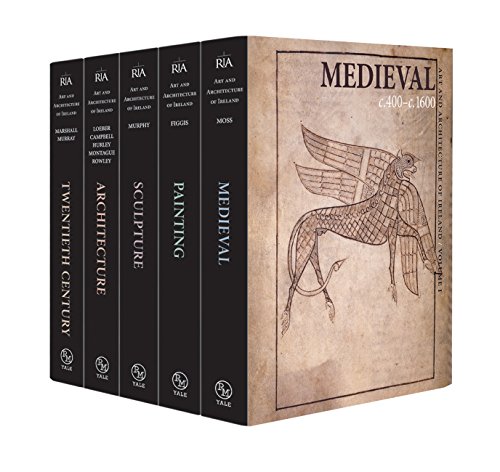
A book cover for Art and Architecture of Ireland: Complete 5-Volume Set (Paul Mellon Centre for Studies in British Art); Arts & Photography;